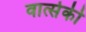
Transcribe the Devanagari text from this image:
वार्त्सकी